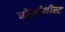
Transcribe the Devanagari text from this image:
पोलीथीस्ट